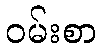
ဝမ်းစာ